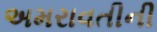
અમરાવતીની